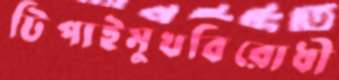
টিপাইমুখবিরোধী